Annual report on the lock hospitals of the Madras Presidency
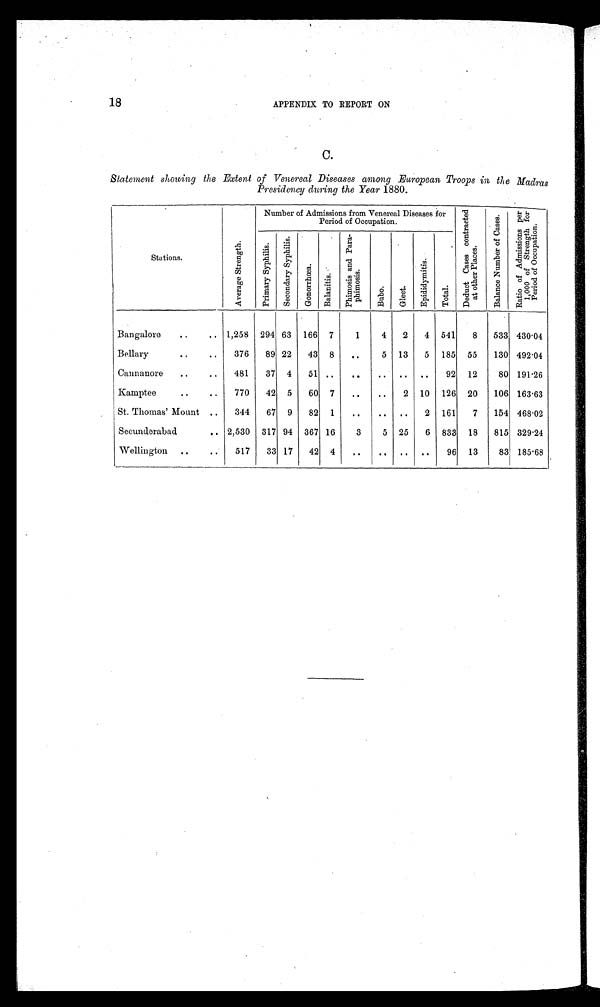
18
APPENDIX TO REPORT ON
C.
Statement showing the Extent of Venereal Diseases among European Troops in the Madras
Presidency during the Year 1880.
Stations.
A v e r a g e s t r e n g t h
Number of Admissions from Venereal Diseases for
Period of Occupation.
D e d u c t c a s e s c o n t r a c t e d a t o t h e r p l a c e s
B a l a n c e N u m b e r o f C a s e s .
R a t i o o f A d m i s s i o n s p e r 1 , 0 0 0 o f s t r e n g t h f o r p e r i o d o c c u p a t i o n .
P r i m a r y s y p h i l i s .
s e c o n d a r y s y p h i l i s .
G o n o r r h œ a .
B a l a n i t i s .
p h i m o s i s a n d p a r a - p h i m o s i s .
B u b o .
G l e e t .
E p i d i d y m i t i s .
T o t a l .
Bangalore
..
.. 1,258 294 63 166 7
1
4 2
4 541
8 533 430.04
Bellary..
376
89 22
43 8
..
5 13
5 185 55
130 492.04
Cannanore
..
..
481
37 4
51 .. ..
.. .. ..
92 12
80 191.26
Kamptee
.
..
770
42 5
60 7 ...
...
2 10 126 20
106 163.63
St. Thomas' Mount ..
344
67 9
82 1
..
.. ..
2 161
7
154 468.02
Secunderabad
.. 2,530 317 94 367 16
3
5 25
6 833 18
815 329.24
Wellington ..
..
517
33 17 42 4
..
.. .. ..
96 13
83 185.68